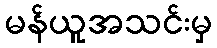
မန်ယူအသင်းမှ